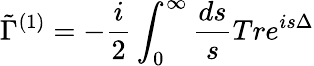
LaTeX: \tilde{\Gamma}^{(1)}=-\frac{i}{2}\int_{0}^{\infty}\frac{ds}{s}Tre^{is\Delta}